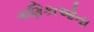
ગણિકાઓના